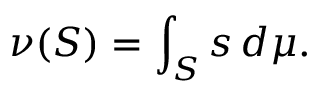
\nu ( S ) = \int _ { S } s \, d \mu .